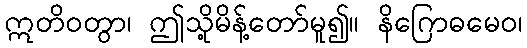
ဣတိဝတွာ၊ ဤသို့မိန့်တော်မူ၍။ နိဂြောဓမေဝ၊